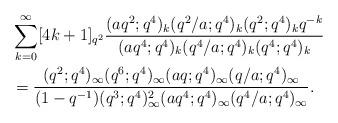
LaTeX: \begin{align*}&\sum_{k=0}^\infty[4k+1]_{q^2}\frac{(aq^2;q^4)_k(q^2/a;q^4)_k(q^2;q^4)_k q^{-k}}{(aq^4;q^4)_k(q^4/a;q^4)_k(q^4;q^4)_k}\\ &=\frac{(q^2;q^4)_\infty(q^6;q^4)_\infty (aq;q^4)_\infty(q/a;q^4)_\infty}{(1-q^{-1})(q^3;q^4)_\infty^2 (aq^4;q^4)_\infty(q^4/a;q^4)_\infty}.\end{align*}